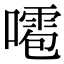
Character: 𠿙